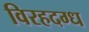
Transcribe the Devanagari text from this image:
विरहदग्ध